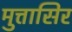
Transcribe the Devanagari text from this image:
मुत्तासिर